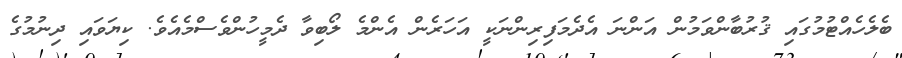
ބެލެހެއްޓުމުގައި ޤުރުބާންވަމުން އަންނަ އެދެމަފިރިންނަކީ އަހަރެން އެންމެ ލޯބިވާ ދެމީހުންވެސްމެއެވެ. ކިޔަވައި ދިނުމުގެ